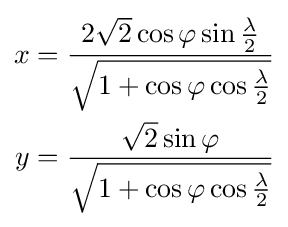
{\begin{aligned}x&={\frac {2{\sqrt {2}}\cos \varphi \sin {\frac {\lambda }{2}}}{\sqrt {1+\cos \varphi \cos {\frac {\lambda }{2}}}}}\\y&={\frac {{\sqrt {2}}\sin \varphi }{\sqrt {1+\cos \varphi \cos {\frac {\lambda }{2}}}}}\end{aligned}}